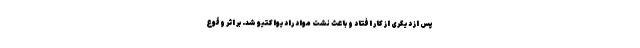
پس از دیگری از کار افتاد و باعث نشت مواد رادیواکتیو شد. بر اثر وقوع